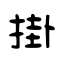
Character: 掛